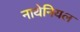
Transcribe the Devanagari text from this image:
नाथेनियल